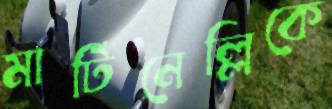
মার্টিনেল্লিকে